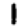
Digit: 1